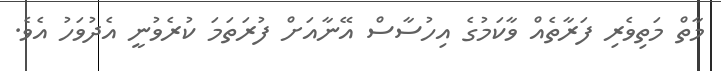
މާތް މަތިވެރި ފަރާތެއް ވާކަމުގެ އިހުސާސް އޭނާއަށް ފުރަތަމަ ކުރެވުނީ އެދުވަހު އެވެ.